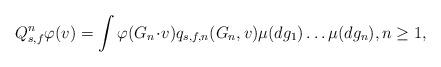
LaTeX: \begin{align*}Q_{s,f}^n \varphi(v)= \int \varphi(G_n \!\cdot\! v) q_{s,f,n}(G_n, v) \mu(dg_1) \ldots \mu(dg_n), n\geq 1,\end{align*}